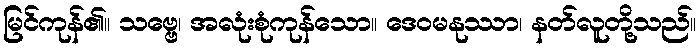
မြင်ကုန်၏။ သဗ္ဗေ၊ အလုံးစုံကုန်သော။ ဒေဝမနုဿာ၊ နတ်လူတို့သည်။